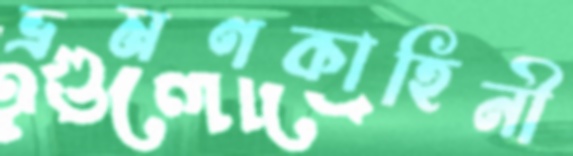
ভ্রমণকাহিনী